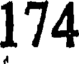
174